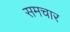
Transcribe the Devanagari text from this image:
समचार